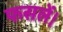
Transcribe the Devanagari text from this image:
फसलें।